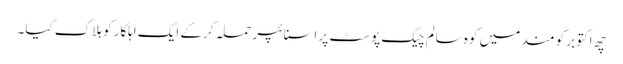
چھ اکتوبر کو مند میں کوہ سالم چیک پوسٹ پر اسنائپر حملہ کرکے ایک اہلکار کو ہلاک کیا۔